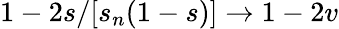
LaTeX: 1-2s/[s_{n}(1-s)]\to 1-2v